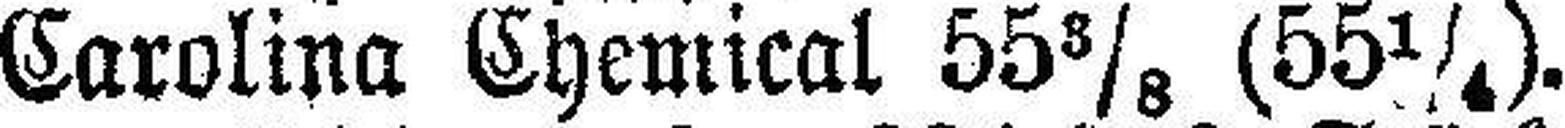
Carolina Chemical 55⅜ (55¼).